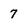
Character: 7